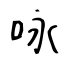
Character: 咏